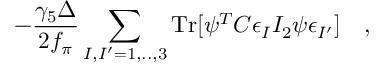
- \frac { \gamma _ { 5 } \Delta } { 2 f _ { \pi } } \sum _ { I , I ^ { \prime } = 1 , . . , 3 } \mathrm { T r } [ \psi ^ { T } C \epsilon _ { I } I _ { 2 } \psi \epsilon _ { I ^ { \prime } } ] \quad ,